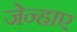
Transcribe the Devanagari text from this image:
जेन्हाए